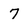
Character: 7